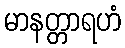
မာနတ္တာရဟံ